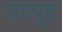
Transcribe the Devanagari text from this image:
परपुष्ट